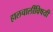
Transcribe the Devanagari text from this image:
हालचालींविषयी